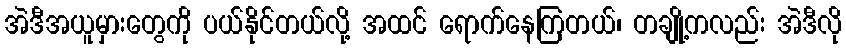
အဲဒီအယူမှားတွေကို ပယ်နိုင်တယ်လို့ အထင် ရောက်နေကြတယ်၊ တချို့ကလည်း အဲဒီလို